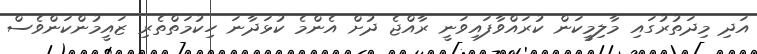
އަދި މިދަތުރުގައި މާލިމީކަން ކުރައްވާފައިވަނީ ރާއްޖެ ދުށް އެންމެ ކުޅަދާނަ ހިކުމަތްތެރި ޒައީމުންކަންވެސް